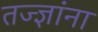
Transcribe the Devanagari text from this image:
तज्‍ज्ञांना